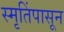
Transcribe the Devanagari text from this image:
स्मृतिंपासून